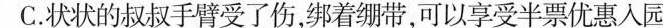
C.状状的叔叔手臂受了伤，绑着绷带，可以享受半票优惠入园。